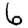
Digit: 6